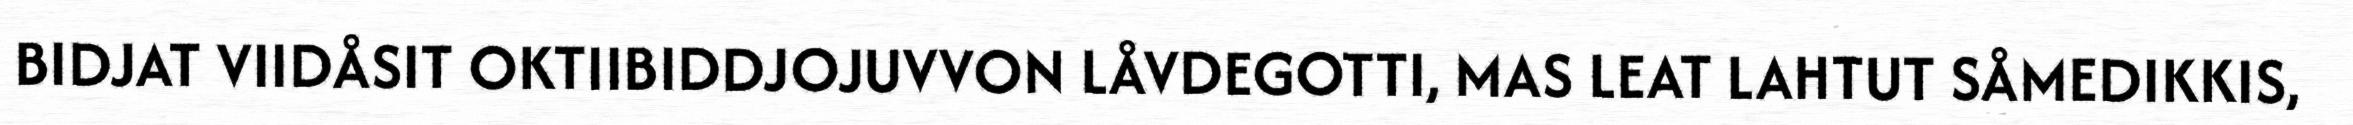
BIDJAT VIIDÅSIT OKTIIBIDDJOJUVVON LÅVDEGOTTI, MAS LEAT LAHTUT SÅMEDIKKIS,